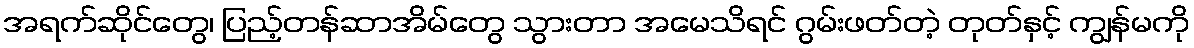
အရက်ဆိုင်တွေ၊ ပြည့်တန်ဆာအိမ်တွေ သွားတာ အမေသိရင် ဂွမ်းဖတ်တဲ့ တုတ်နှင့် ကျွန်မကို